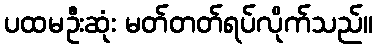
ပထမဦးဆုံး မတ်တတ်ရပ်လိုက်သည်။